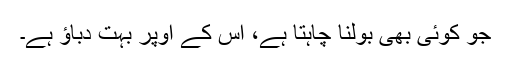
جو کوئی بھی بولنا چاہتا ہے، اس کے اوپر بہت دباؤ ہے۔